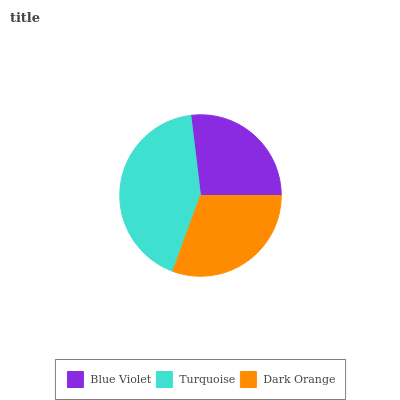
| Blue Violet | Turquoise | Dark Orange |
 | --- | --- | --- |
 | 26.9% | 42.5% | 30.6% |